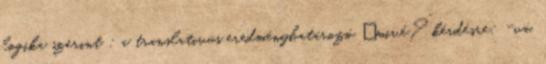
logika szerint : a translativus eredményhatározó „mivé?” kérdésre: -vá,